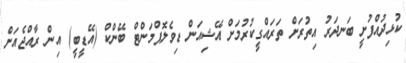
ކުޅިދުއްފުށީ ބަނދަރު އިތުރަށް ތަރައްގީކުރުމަށް އޭޝިއަން ޑިވެލޮޕްމަންޓް ބޭންކް (އޭޑީބީ) އިން ރާއްޖެއަށް